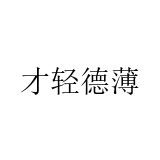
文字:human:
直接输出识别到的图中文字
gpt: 才轻德薄